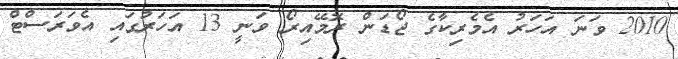
2010 ވަނަ އަހަރު އެމެރިކާގެ ޖޯޑަން ރޮމޭއިރޯ ވަނީ 13 އަހަރުގައި އެވަރަސްޓް